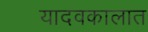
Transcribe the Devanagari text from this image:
यादवकालात